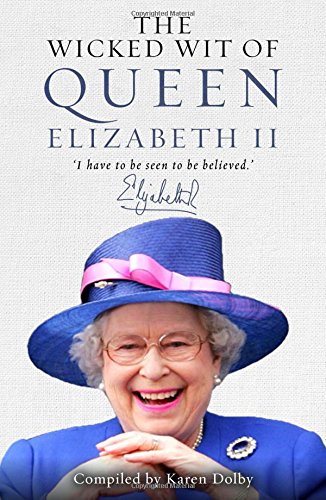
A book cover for The Wicked Wit of Queen Elizabeth II; Biographies & Memoirs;